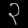
Digit: ၃